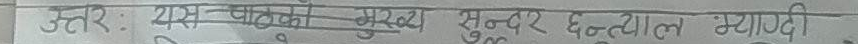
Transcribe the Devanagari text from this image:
उत्तर: राम चालकों मुख्य सुन्दर हुनयाल म्यादी